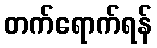
တက်ရောက်ရန်